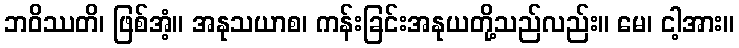
ဘဝိဿတိ၊ ဖြစ်အံ့။ အနုသယာစ၊ ကန်းခြင်းအနုယတို့သည်လည်း။ မေ၊ ငါ့အား။